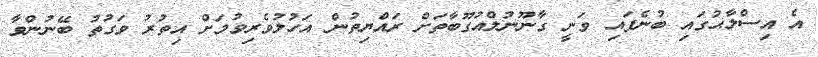
އެ އިސްލާޙުގައި ބުނެފައި ވަނީ ގާނޫނުލްއުގޫބާތަށް ރައްޔިތުން އަހުލުވެރިވުމަށް އިތުރު ވަގުތު ބޭނުންވާ